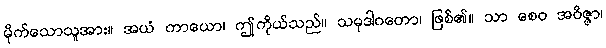
မိုက်သောသူအား။ အယံ ကာယော၊ ဤကိုယ်သည်။ သမုဒါဂတော၊ ဖြစ်၏။ သာ စေဝ အဝိဇ္ဇာ၊